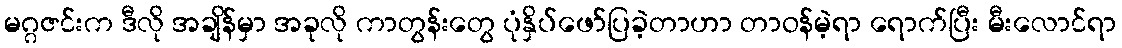
မဂ္ဂဇင်းက ဒီလို အချိန်မှာ အခုလို ကာတွန်းတွေ ပုံနှိပ်ဖော်ပြခဲ့တာဟာ တာဝန်မဲ့ရာ ရောက်ပြီး မီးလောင်ရာ